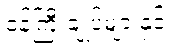
ဝန်ကြီးချုပ်များနှင့်